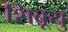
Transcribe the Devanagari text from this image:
शिबूयु